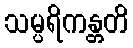
သမ္ပရိကန္တတိ